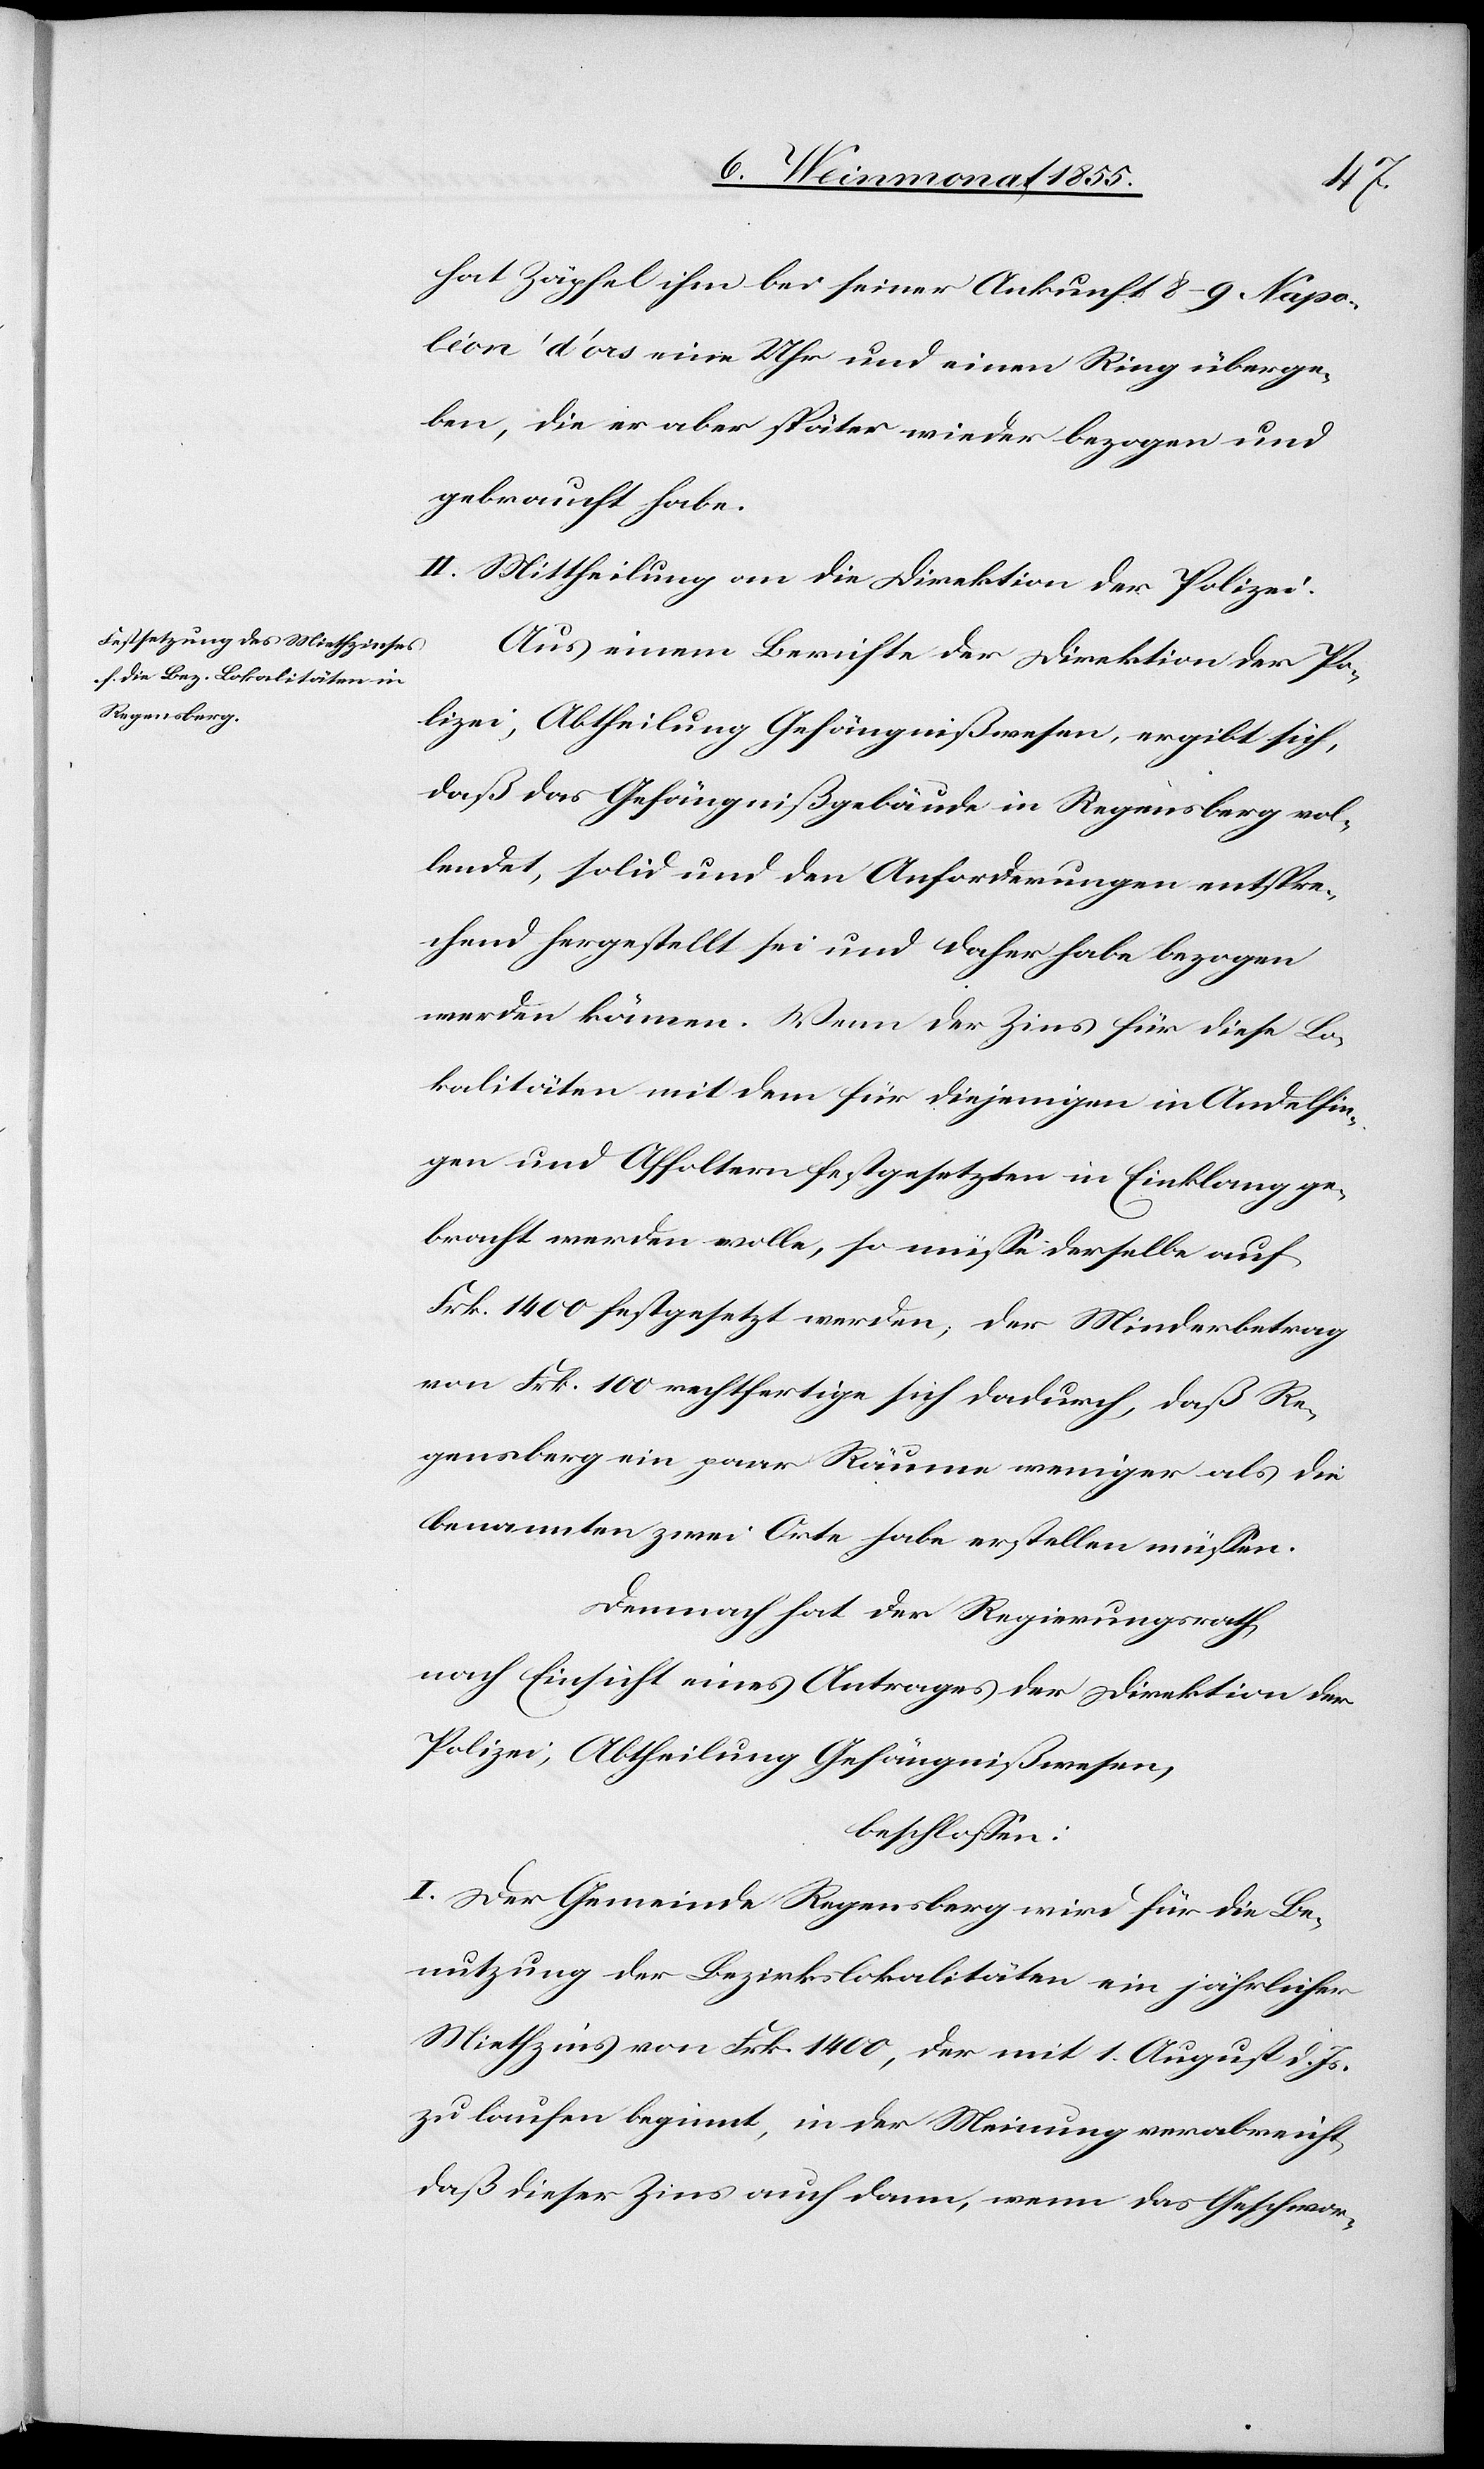
hat Zäpfel ihm bei seiner Ankunft 8–9 Napo¬
léon d’ors[,] eine Uhr und einen Ring überge¬
ben, die er aber später wieder bezogen und
gebraucht habe.
II. Mittheilung an die Direktion der Polizei.
Aus einem Berichte der Direktion der Po¬
lizei, Abtheilung Gefängnißwesen, ergibt sich,
daß das Gefängnißgebäude in Regensberg vol¬
lendet, solid und den Anforderungen entspre¬
chend hergestellt sei und daher habe bezogen
werden können. Wenn der Zins für diese Lo¬
kalitäten mit dem für diejenigen in Andelfin¬
gen und Affoltern festgesetzten in Einklang ge¬
bracht werden wolle, so müsse derselbe auf
Frk. 1400 festgesetzt werden; der Minderbetrag
von Frk. 100 rechtfertige sich dadurch, daß Re¬
gensberg ein paar Räume weniger als die
benannten zwei Orte habe erstellen müssen.
Demnach hat der Regierungsrath
nach Einsicht eines Antrages der Direktion der
Polizei, Abtheilung Gefängnißwesen,
beschlossen:
I. Der Gemeinde Regensberg wird für die Be¬
nutzung der Bezirkslokalitäten ein jährlicher
Miethzins von Frk. 1400, der mit 1. August d. Js.
zu laufen beginnt, in der Meinung verabreicht
daß dieser Zins auch dann, wenn das Geschwor-